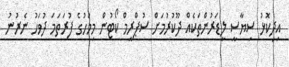
އިދިކޮޅު ސިޔާސީ ލީޑަރުންތަކެއް ދޫކުރުމަށް ސުޕްރީމް ކޯޓުން މިމަހުގެ ފުރަތަމަ ދުވަހު ނެރުނު